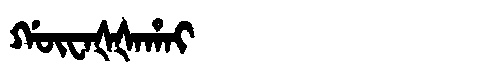
Manchu: ᡤᡡᠸᠠᡧᡧᠠᡥᠠᡳ
Romanization: GŪWAŠŠAHAI